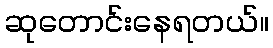
ဆုတောင်းနေရတယ်။